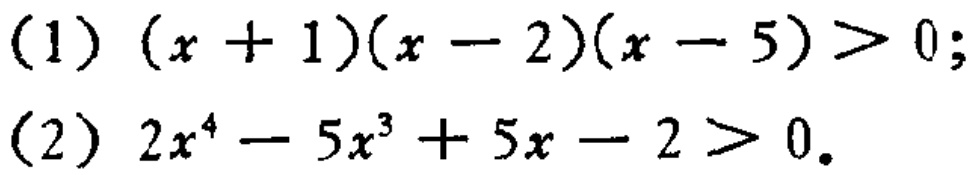
(1) \((x + 1)(x - 2)(x - 5)>0\);
(2) \(2x^{4}-5x^{3}+5x - 2>0\).